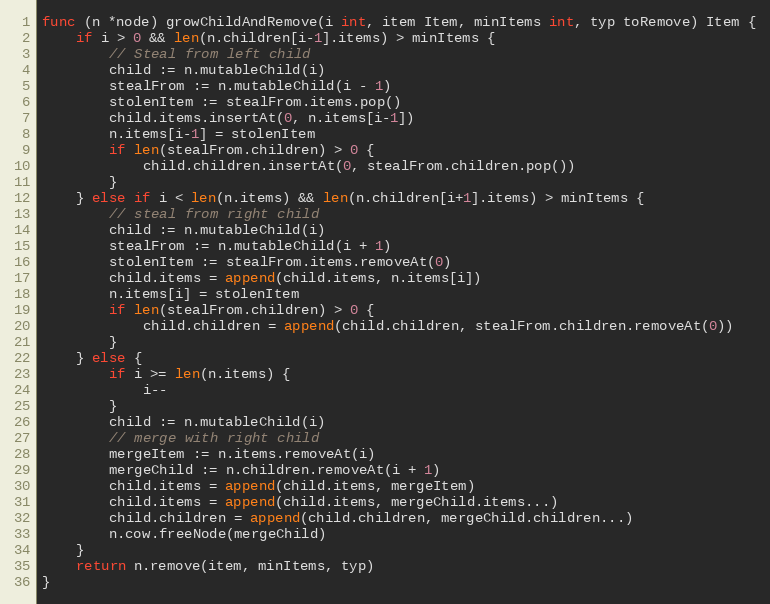
Language: Go
func (n *node) growChildAndRemove(i int, item Item, minItems int, typ toRemove) Item {
	if i > 0 && len(n.children[i-1].items) > minItems {
		// Steal from left child
		child := n.mutableChild(i)
		stealFrom := n.mutableChild(i - 1)
		stolenItem := stealFrom.items.pop()
		child.items.insertAt(0, n.items[i-1])
		n.items[i-1] = stolenItem
		if len(stealFrom.children) > 0 {
			child.children.insertAt(0, stealFrom.children.pop())
		}
	} else if i < len(n.items) && len(n.children[i+1].items) > minItems {
		// steal from right child
		child := n.mutableChild(i)
		stealFrom := n.mutableChild(i + 1)
		stolenItem := stealFrom.items.removeAt(0)
		child.items = append(child.items, n.items[i])
		n.items[i] = stolenItem
		if len(stealFrom.children) > 0 {
			child.children = append(child.children, stealFrom.children.removeAt(0))
		}
	} else {
		if i >= len(n.items) {
			i--
		}
		child := n.mutableChild(i)
		// merge with right child
		mergeItem := n.items.removeAt(i)
		mergeChild := n.children.removeAt(i + 1)
		child.items = append(child.items, mergeItem)
		child.items = append(child.items, mergeChild.items...)
		child.children = append(child.children, mergeChild.children...)
		n.cow.freeNode(mergeChild)
	}
	return n.remove(item, minItems, typ)
}